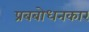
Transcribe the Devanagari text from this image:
प्रबबोधनकार